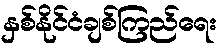
နှစ်နိုင်ငံချစ်ကြည်ရေး